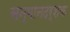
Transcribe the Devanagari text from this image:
सन्मानदर्शक